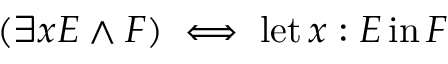
( \exists x E \land F ) \iff \operatorname { l e t } x : E \operatorname { i n } F